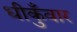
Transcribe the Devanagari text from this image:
धीकुँवार